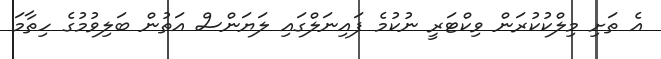
އެ ތަށި މިލްކުކުރަން ވިކްޓަރީ ނުކުމެ ފައިނަލްގައި ލަޔަންސް އަތުން ބަލިވުމުގެ ހިތާމަ